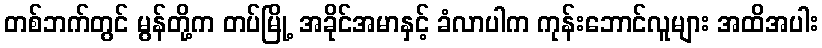
တစ်ဘက်တွင် မွန်တို့က တပ်မြို့ အခိုင်အမာနှင့် ခံလာပါက ကုန်းဘောင်လူများ အထိအပါး